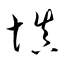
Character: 填